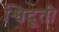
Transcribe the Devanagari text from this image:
श्विदूती